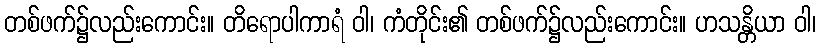
တစ်ဖက်၌လည်းကောင်း။ တိရောပါကာရံ ဝါ၊ ကံတိုင်း၏ တစ်ဖက်၌လည်းကောင်း။ ဟသန္တိယာ ဝါ၊